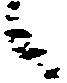
候